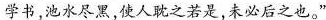
学书，池水尽黑，使人耽之若是，未必后之也。